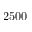
2 5 0 0